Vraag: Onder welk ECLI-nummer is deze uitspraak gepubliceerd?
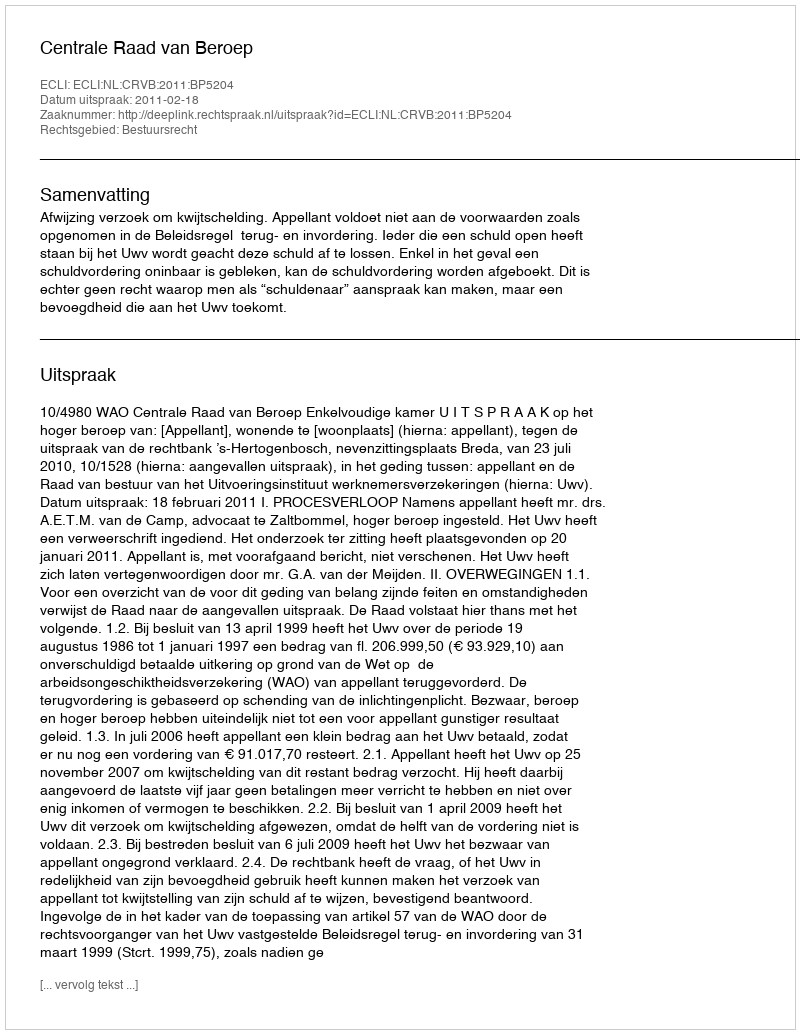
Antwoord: ECLI:NL:CRVB:2011:BP5204